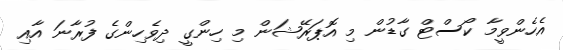
އެހެންވީމާ ކޯސްޓް ގާޑުން މި އޮޕަރޭޝަން މި ހިންގީ ދިވެހިންގެ ފުރާނަ އާއި